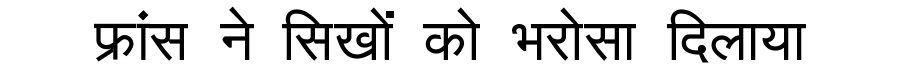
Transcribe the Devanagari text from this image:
फ्रांस ने सिखों को भरोसा दिलाया